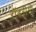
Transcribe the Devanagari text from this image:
रॉडरीगो